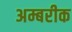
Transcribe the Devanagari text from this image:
अम्बरीक